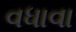
વધાવા